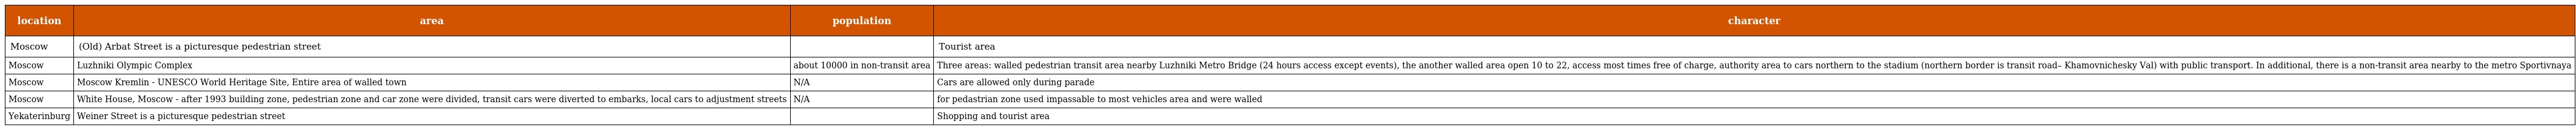
| location | area | population | character |
 | --- | --- | --- | --- |
 | Moscow | (Old) Arbat Street is a picturesque pedestrian street |  | Tourist area |
 | Moscow | Luzhniki Olympic Complex | about 10000 in non-transit area | Three areas: walled pedestrian transit area nearby Luzhniki Metro Bridge (24 hours access except events), the another walled area open 10 to 22, access most times free of charge, authority area to cars northern to the stadium (northern border is transit road– Khamovnichesky Val) with public transport. In additional, there is a non-transit area nearby to the metro Sportivnaya |
 | Moscow | Moscow Kremlin - UNESCO World Heritage Site, Entire area of walled town | N/A | Cars are allowed only during parade |
 | Moscow | White House, Moscow - after 1993 building zone, pedestrian zone and car zone were divided, transit cars were diverted to embarks, local cars to adjustment streets | N/A | for pedastrian zone used impassable to most vehicles area and were walled |
 | Yekaterinburg | Weiner Street is a picturesque pedestrian street |  | Shopping and tourist area |